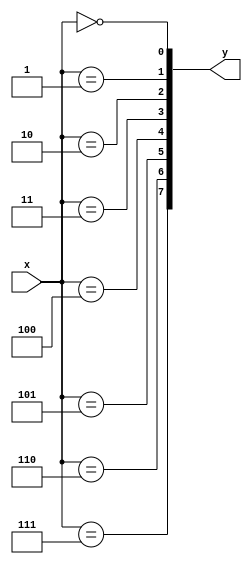
module decoder38 (
    input wire [2 : 0] x,
    output wire [7 : 0] y

);
    assign y[0] = x==3'b000;
    assign y[1] = x==3'b001;
    assign y[2] = x==3'b010;
    assign y[3] = x==3'b011;
    assign y[4] = x==3'b100;
    assign y[5] = x==3'b101;
    assign y[6] = x==3'b110;
    assign y[7] = x==3'b111;
endmodule